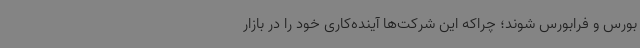
بورس و فرابورس شوند؛ چراکه این شرکت‌ها آینده‌کاری خود را در بازار